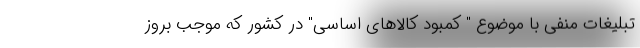
تبلیغات منفی با موضوع " کمبود کالاهای اساسی" در کشور که موجب بروز